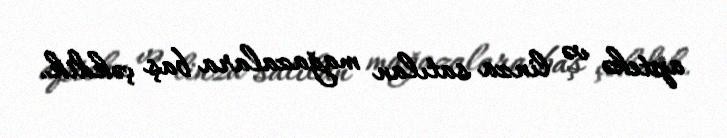
aptekə və linza satılan mağazalara baş çəkdik.